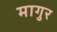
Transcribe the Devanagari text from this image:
मागुर